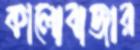
কালোবাজার